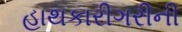
હાથકારીગરીની